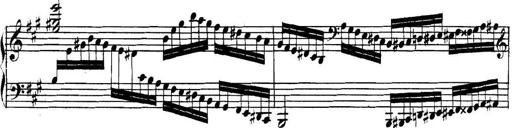
Title: Collected Piano Sonatas
Composer: Muzio Clementi